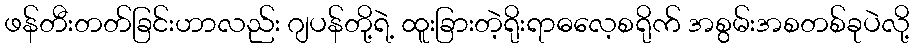
ဖန်တီးတတ်ခြင်းဟာလည်း ဂျပန်တို့ရဲ့ ထူးခြားတဲ့ရိုးရာဓလေ့စရိုက် အစွမ်းအစတစ်ခုပဲလို့